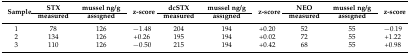
<table><thead><tr><td rowspan="2"><b>Sample</b></td><td><b>STX</b></td><td><b>mussel ng/g</b></td><td rowspan="2"><b>z-score</b></td><td><b>dcSTX</b></td><td><b>mussel ng/g</b></td><td rowspan="2"><b>z-score</b></td><td><b>NEO</b></td><td><b>mussel ng/g</b></td><td rowspan="2"><b>z-score</b></td></tr><tr><td><b>measured</b></td><td><b>assigned</b></td><td><b>measured</b></td><td><b>assigned</b></td><td><b>measured</b></td><td><b>assigned</b></td></tr></thead><tbody><tr><td>1</td><td>78</td><td>126</td><td>−1.48</td><td>204</td><td>194</td><td>+0.20</td><td>52</td><td>55</td><td>−0.19</td></tr><tr><td>2</td><td>134</td><td>126</td><td>+0.26</td><td>195</td><td>194</td><td>+0.02</td><td>72</td><td>55</td><td>+1.22</td></tr><tr><td>3</td><td>110</td><td>126</td><td>−0.50</td><td>215</td><td>194</td><td>+0.42</td><td>68</td><td>55</td><td>+0.98</td></tr></tbody></table>